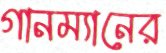
গানম্যানের